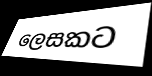
ලෙසකට